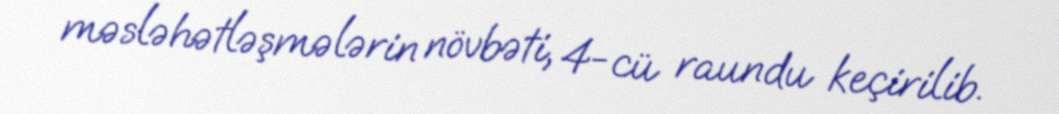
məsləhətləşmələrin növbəti, 4-cü raundu keçirilib.